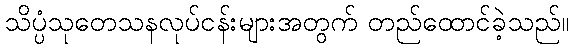
သိပ္ပံသုတေသနလုပ်ငန်းများအတွက် တည်ထောင်ခဲ့သည်။